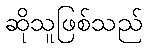
ဆိုသူဖြစ်သည်